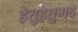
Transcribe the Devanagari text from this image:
हेतुहेतुमद